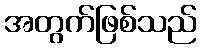
အတွက်ဖြစ်သည်